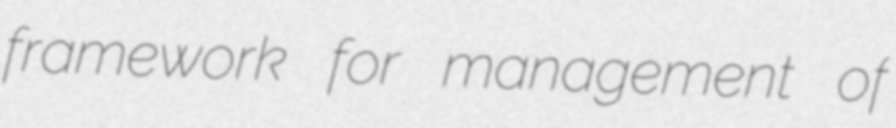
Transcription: framework for management of